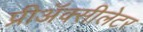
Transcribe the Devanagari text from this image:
प्रीअॅक्सीलेटर